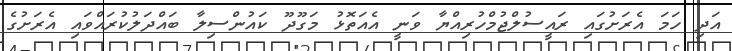
އަދި ހަމަ އެރަށުގައި ރައީސުލްޖުމްހުރިއްޔާ ވަނީ އެއަތޮޅު މަގޫދޫ ކައުންސިލާ ބައްދަލުކުރައްވައި އެރަށުގެ